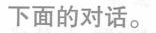
下面的对话。